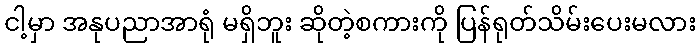
ငါ့မှာ အနုပညာအာရုံ မရှိဘူး ဆိုတဲ့စကားကို ပြန်ရုတ်သိမ်းပေးမလား